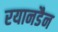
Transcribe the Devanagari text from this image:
रयानडैन